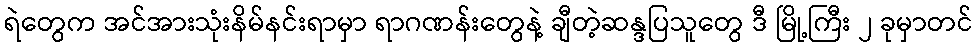
ရဲတွေက အင်အားသုံးနိမ်နင်းရာမှာ ရာဂဏန်းတွေနဲ့ ချီတဲ့ဆန္ဒပြသူတွေ ဒီ မြို့ကြီး ၂ ခုမှာတင်